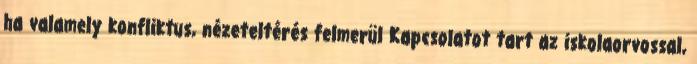
ha valamely konfliktus, nézeteltérés felmerül Kapcsolatot tart az iskolaorvossal,